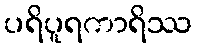
ပရိပူရကာရိဿ